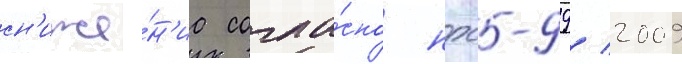
сн'иже́н'иа согла́сно нрб-99/ 2009